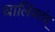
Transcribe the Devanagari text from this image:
घालिवतंय्